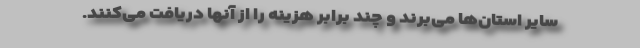
سایر استان‌ها می‌برند و چند برابر هزینه را از آنها دریافت می‌کنند.